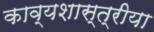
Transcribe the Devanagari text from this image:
काव्यशास्त्रीया